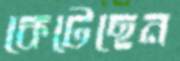
কেটেছেন